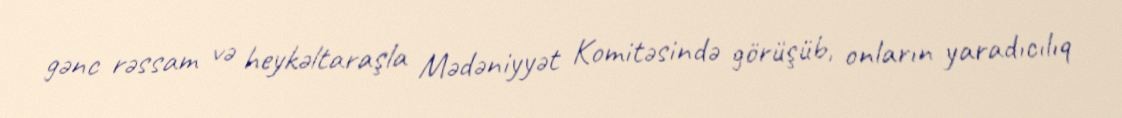
gənc rəssam və heykəltaraşla Mədəniyyət Komitəsində görüşüb, onların yaradıcılıq